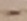
Text: -